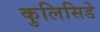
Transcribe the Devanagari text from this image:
कुलिसिडे